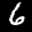
Label: 6